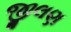
જીલણ